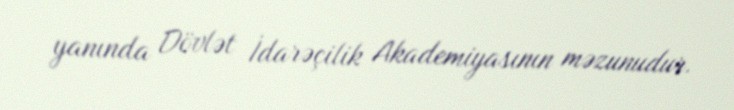
yanında Dövlət İdarəçilik Akademiyasının məzunudur.